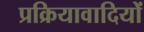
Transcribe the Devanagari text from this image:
प्रक्रियावादियों